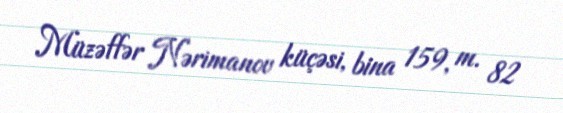
Müzəffər Nərimanov küçəsi, bina 159, m. 82